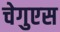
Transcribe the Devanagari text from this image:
चेगुएस